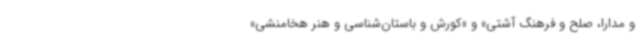
و مدارا، صلح و فرهنگ آشتی» و «کورش و باستان‌شناسی و هنر هخامنشی»